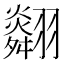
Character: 𦒪